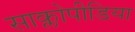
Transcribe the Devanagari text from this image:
साक्लोपीडिया